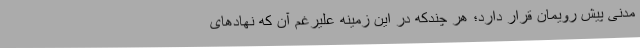
مدنی پیش رویمان قرار دارد؛ هر چندکه در این زمینه علیرغم آن که نهادهای